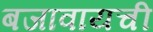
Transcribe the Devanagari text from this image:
बजावायची